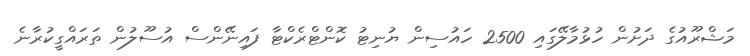
މަޝްރޫއުގެ ދަށުން ހުޅުމާލޭގައި 2500 ހައުސިން ޔުނިޓު ކޮންޓްރެކްޓާ ފައިނޭންސް އުސޫލުން ތަރައްގީކުރާނެ